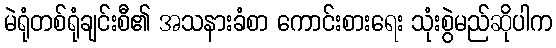
မဲရုံတစ်ရုံချင်းစီ၏ အသနားခံစာ ကောင်းစားရေး သုံးစွဲမည်ဆိုပါက